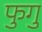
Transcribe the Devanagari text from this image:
फुगु